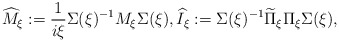
\begin{align*}\widehat{M}_{\xi}:=\frac{1}{i\xi}\Sigma(\xi)^{-1}M_\xi\Sigma(\xi),\widehat{I}_\xi:=\Sigma(\xi)^{-1}\widetilde\Pi_\xi\Pi_\xi\Sigma(\xi),\end{align*}